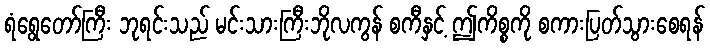
ရံရွေတော်ကြီး ဘုရင်းသည် မင်းသားကြီးဘိုလကွန် စကီနှင့် ဤကိစ္စကို စကားပြတ်သွားစေရန်